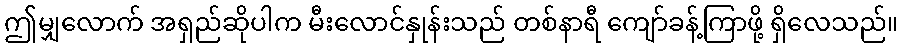
ဤမျှလောက် အရှည်ဆိုပါက မီးလောင်နှုန်းသည် တစ်နာရီ ကျော်ခန့်ကြာဖို့ ရှိလေသည်။